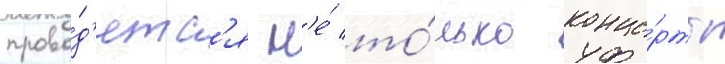
прово́д'ятс'я н'е́ то́лько конце́рты